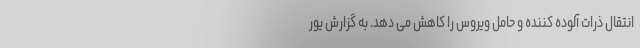
انتقال ذرات آلوده کننده و حامل ویروس را کاهش می دهد. به گزارش یور